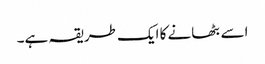
اسے بٹھانے کا ایک طریقہ ہے۔